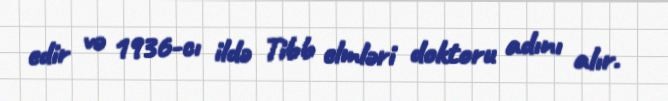
edir və 1936-cı ildə Tibb elmləri doktoru adını alır.